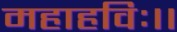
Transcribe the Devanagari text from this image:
महाहविः।।